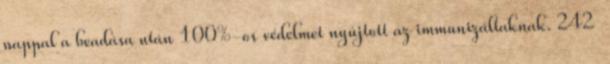
nappal a beadása után 100%-os védelmet nyújtott az immunizáltaknak. 242